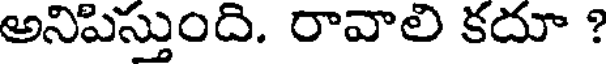
అనిపిస్తుంది. రావాలి కదూ ?